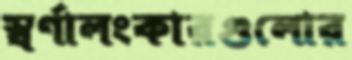
স্বর্ণালংকারগুলোর